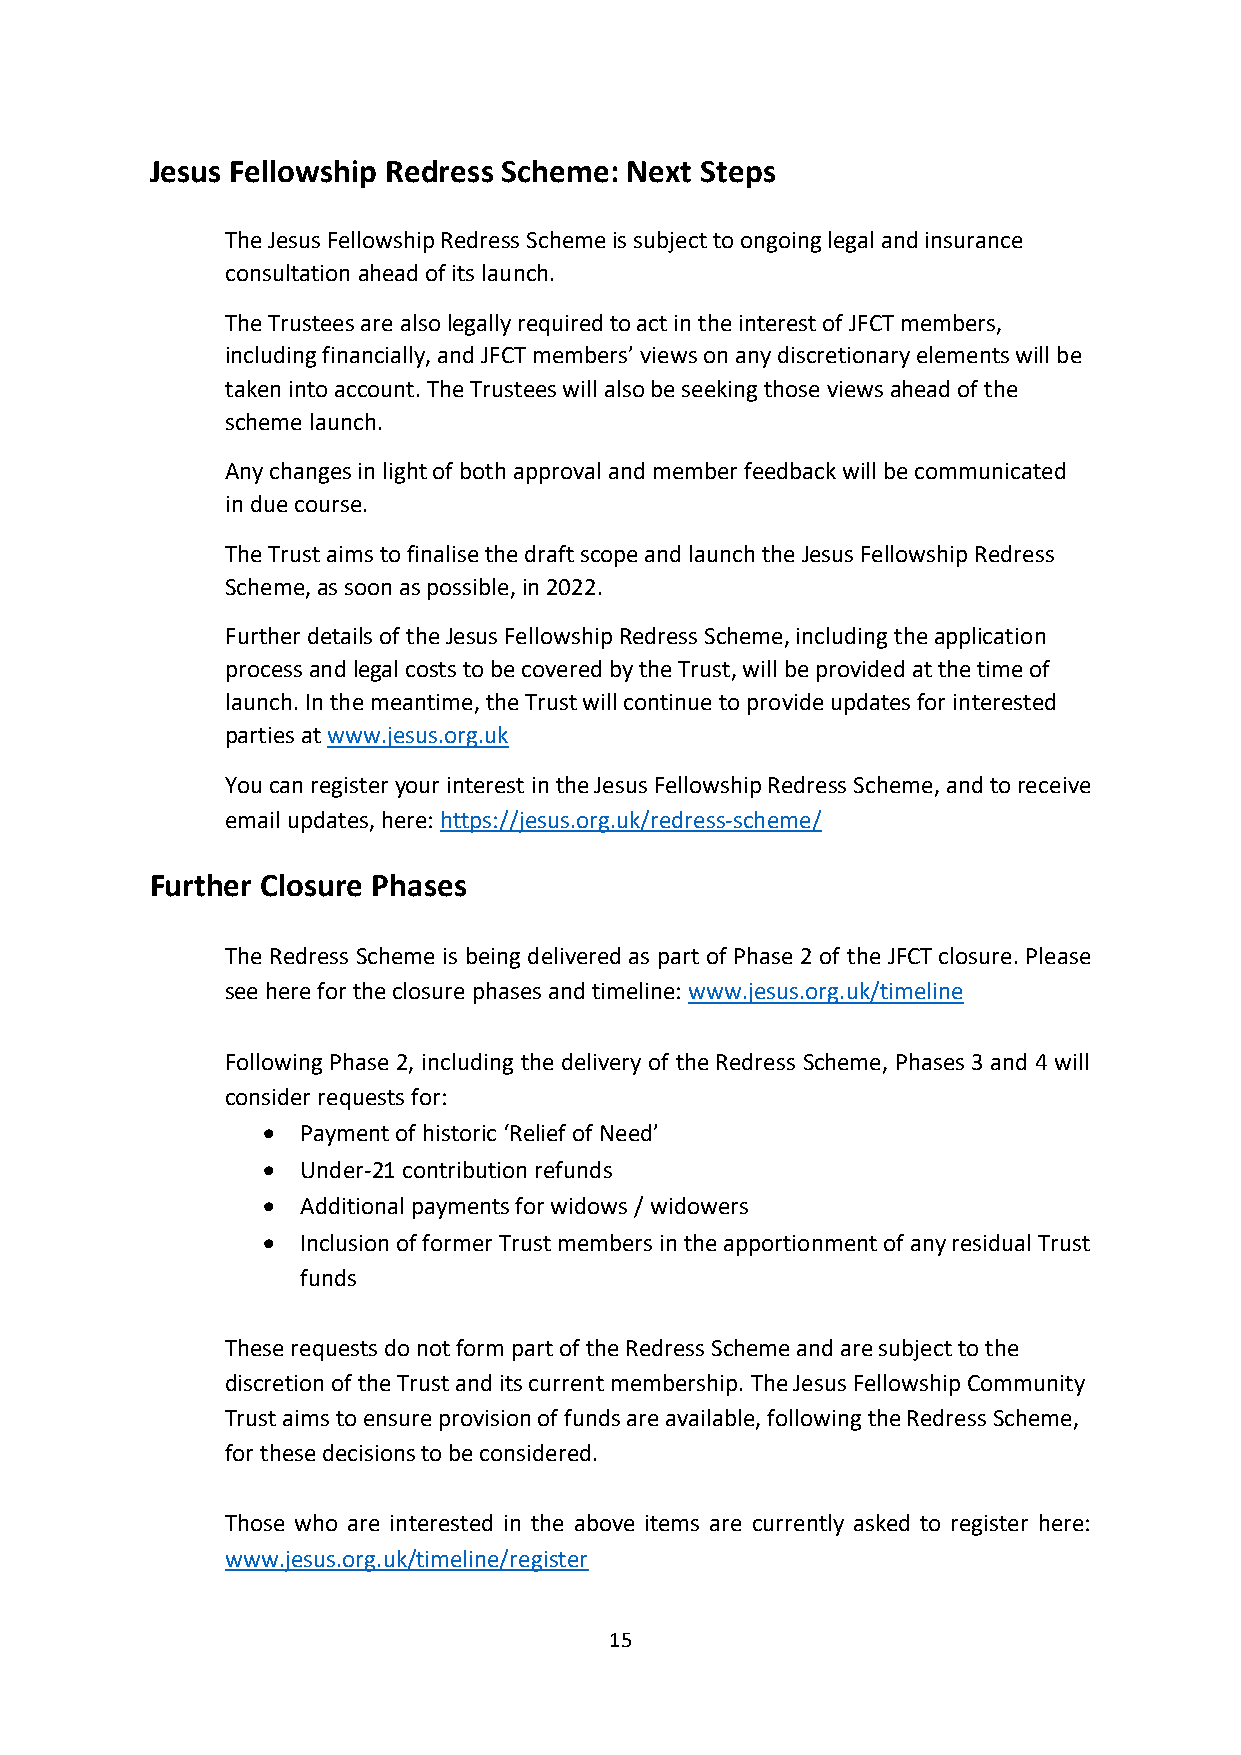
Jesus Fellowship Redress Scheme: Next Steps
 The Jesus Fellowship Redress Scheme is subject to ongoing legal and insurance
 consultation ahead of its launch.
 The Trustees are also legally required to act in the interest of JFCT members,
 including financially, and JFCT members’ views on any discretionary elements will be
 taken into account. The Trustees will also be seeking those views ahead of the
 scheme launch.
 Any changes in light of both approval and member feedback will be communicated
 in due course.
 The Trust aims to finalise the draft scope and launch the Jesus Fellowship Redress
 Scheme, as soon as possible, in 2022.
 Further details of the Jesus Fellowship Redress Scheme, including the application
 process and legal costs to be covered by the Trust, will be provided at the time of
 launch. In the meantime, the Trust will continue to provide updates for interested
 parties at www.jesus.org.uk
 You can register your interest in the Jesus Fellowship Redress Scheme, and to receive
 email updates, here: https://jesus.org.uk/redress-scheme/
 Further Closure Phases
 The Redress Scheme is being delivered as part of Phase 2 of the JFCT closure. Please
 see here for the closure phases and timeline: www.jesus.org.uk/timeline
 Following Phase 2, including the delivery of the Redress Scheme, Phases 3 and 4 will
 consider requests for:
 •  Payment of historic ‘Relief of Need’
 •  Under-21 contribution refunds
 •  Additional payments for widows / widowers
 •  Inclusion of former Trust members in the apportionment of any residual Trust
 funds
 These requests do not form part of the Redress Scheme and are subject to the
 discretion of the Trust and its current membership. The Jesus Fellowship Community
 Trust aims to ensure provision of funds are available, following the Redress Scheme,
 for these decisions to be considered.
 Those who are interested in the above items are currently asked to register here:
 www.jesus.org.uk/timeline/register
 15